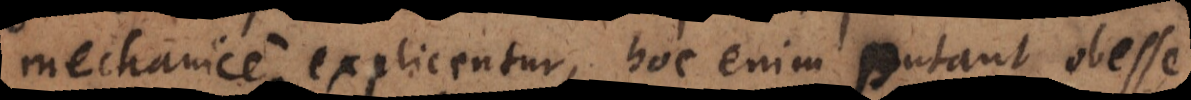
mechanice explicentur, hoc enim putant obesse